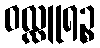
ဝလ္လူရဉ္စ